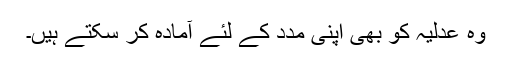
وہ عدلیہ کو بھی اپنی مدد کے لئے آمادہ کر سکتے ہیں۔